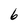
Character: 6